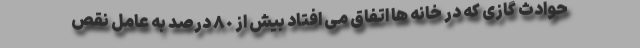
حوادث گازی که در خانه ها اتفاق می افتاد بیش از ٨٠ درصد به عامل نقص